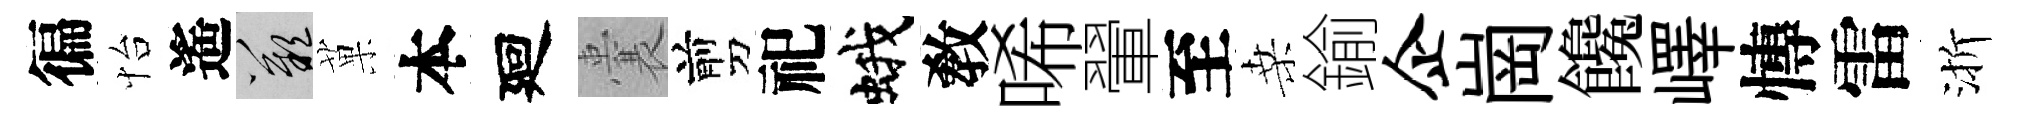
徧怡遙嘆菓本廻囊剪祀蛾敎唏翬至桑鍮企崗饞嶧慱雷渐